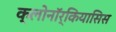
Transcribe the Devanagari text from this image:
क्लोनॉर्कियासिस